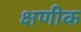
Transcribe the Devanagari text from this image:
क्षणीक